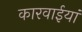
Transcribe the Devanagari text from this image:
कारवाईयां